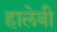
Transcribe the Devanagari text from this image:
हालेवी